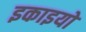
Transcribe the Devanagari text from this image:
इकाइयो